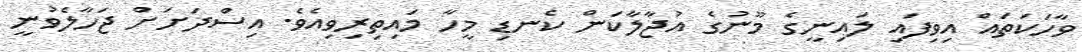
ވާހަކަތައް އިވިފައި ލައިނީގެ މޫނުގެ އުޖާލާކަން ކެނޑި މީހާ މައިތިރިވިއެވެ. އިސްދަށަށް ޖަހާލެވުނީ